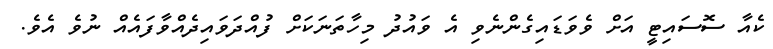
ކެއާ ސޮސައިޓީ އަށް ވެވަޑައިގެންނެވި އެ ވައުދު މިހާތަނަކަށް ފުއްދަވައިދެއްވާފައެއް ނުވެ އެވެ.